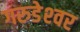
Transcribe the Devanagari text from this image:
गरुडेश्‍वर